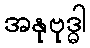
အနုဗုဒ္ဓါ